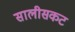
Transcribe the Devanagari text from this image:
सालीसकट